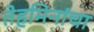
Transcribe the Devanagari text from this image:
तेहमिनांचा